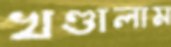
খণ্ডালাম